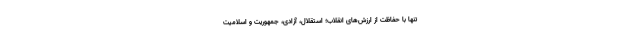
تنها با حفاظت از ارزش‌های انقلاب؛ استقلال، آزادی، جمهوریت و اسلامیت